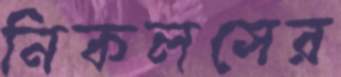
নিকলসের